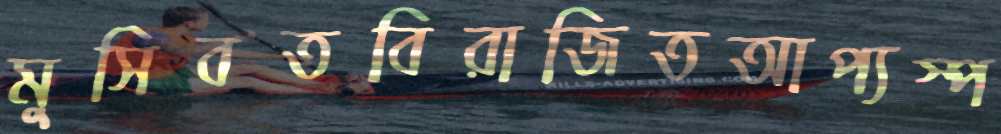
মুসিবতবিরাজিতআপ্যস্প